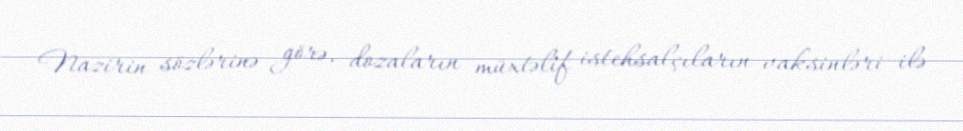
Nazirin sözlərinə görə, dozaların müxtəlif istehsalçıların vaksinləri ilə